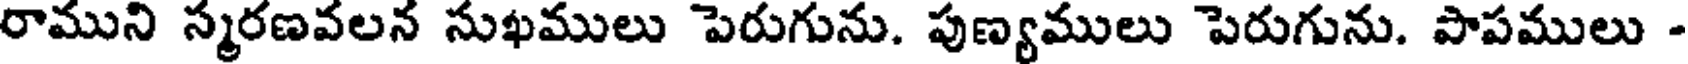
రాముని స్మరణవలన సుఖములు పెరుగును. పుణ్యములు పెరుగును. పాపములు -